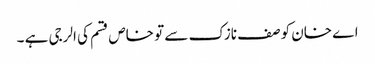
اے خان کو صف نازک سے تو خاص قسم کی الرجی ہے ۔